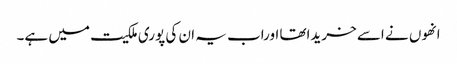
انھوں نے اسے خریداتھا اوراب یہ ان کی پوری ملکیت میں ہے۔